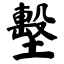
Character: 墼